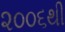
૨૦૦૬થી